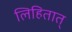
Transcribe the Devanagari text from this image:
लिहितात्